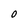
Character: O